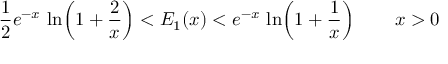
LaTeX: { \frac { 1 } { 2 } } e ^ { - x } \, \ln \! \left( 1 + { \frac { 2 } { x } } \right) < E _ { 1 } ( x ) < e ^ { - x } \, \ln \! \left( 1 + { \frac { 1 } { x } } \right) \qquad x > 0